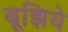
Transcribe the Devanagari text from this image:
बूझिये